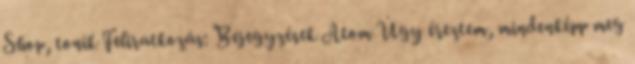
Shop, tonik Feliratkozás: Bejegyzések Atom Úgy éreztem, mindenképp meg